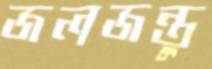
জলজন্তু